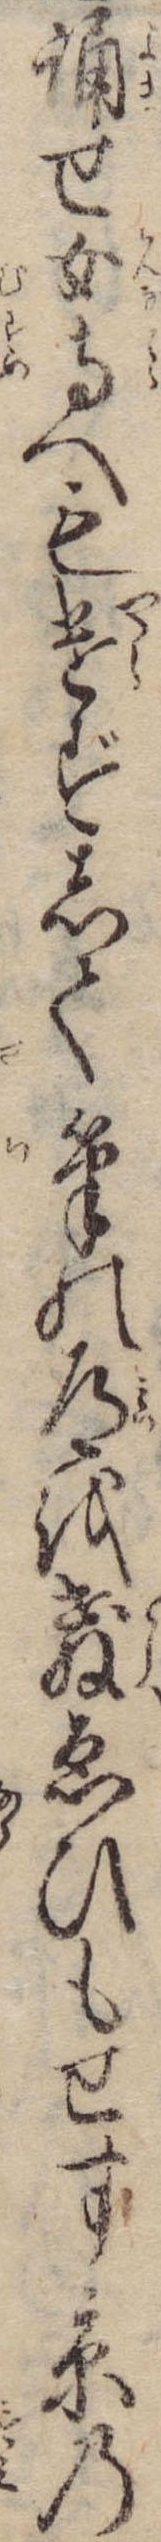
誦せ女寺へも遣ずして筆の道を教ゑひもせす京の